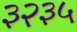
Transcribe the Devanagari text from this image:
३२३५